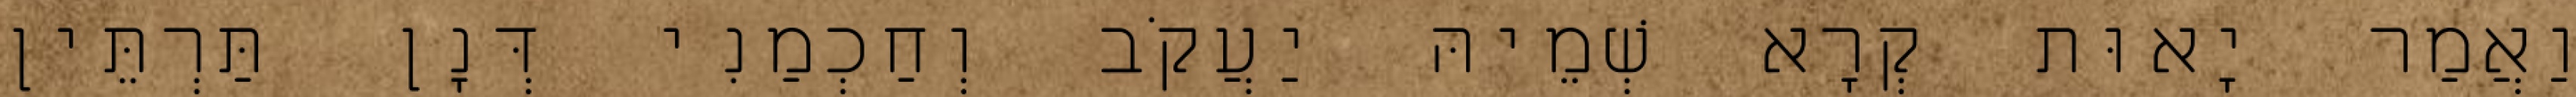
וַאֲמַר יָאוּת קְרָא שְׁמֵיהּ יַעֲקֹב וְחַכְמַנִי דְּנָן תַּרְתֵּין